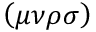
\left( \mu \nu \rho \sigma \right)